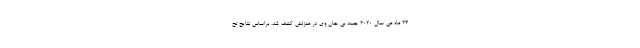
23 ماه می سال 2020 جسد بی جان وی در منزلش کشف شد. براساس نتایج تح